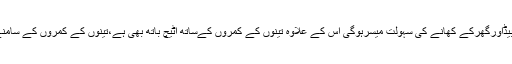
تینوں کواخبار،ٹی وی ،روم کولر،بیڈاورگھرکے کھانے کی سہولت میسرہوگی اس کے علاوہ تینوں کے کمروں کےساتھ اٹیچ باتھ بھی ہے،تینوں کے کمروں کے سامنے لان اوربیڈمنٹن کورٹ بھی ہے۔